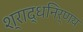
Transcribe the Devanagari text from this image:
श्राद्धनिर्णय